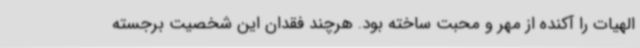
الهیات را آکنده از مهر و محبت ساخته بود. هرچند فقدان این شخصیت برجسته